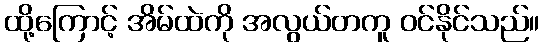
ထို့ကြောင့် အိမ်ထဲကို အလွယ်တကူ ဝင်နိုင်သည်။